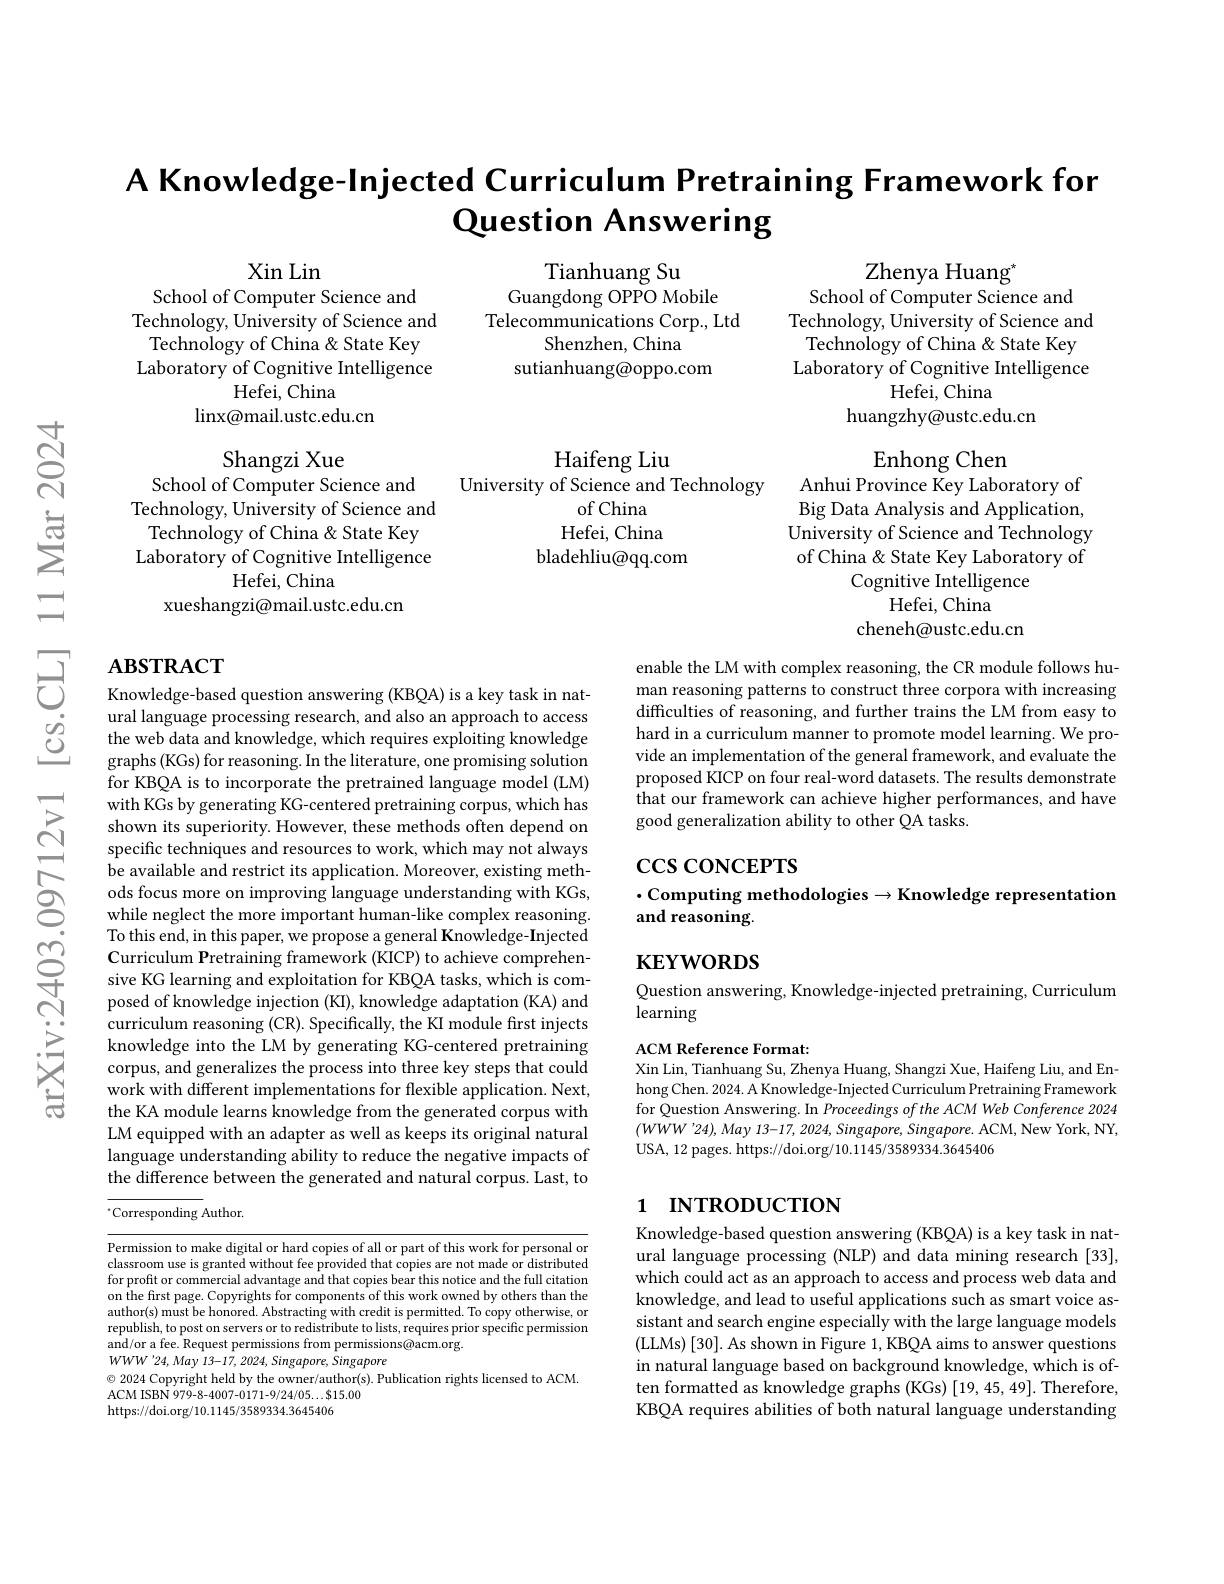
## A Knowledge-Injected Curriculum Pretraining Framework for Question Answering

Xin Lin

Tianhuang Su
Guangdong OPPO Mobile
Telecommunications Corp., Ltd
Shenzhen, China
sutianhuang@oppo.com

Zhenya Huang$^{*}$
School of Computer Science and
Technology, University of Science and Technology of China & State Key Laboratory of Cognitive Intelligence
Hefei, China
huangzhy@ustc.edu.cn

School of Computer Science and
Technology, University of Science and
Technology of China & State Key Laboratory of Cognitive Intelligence
Hefei, China
$\operatorname*{linx@mail.ustc.edu.cn}$

Haifeng Liu
University of Science and Technology
of China Hefei, China
bladehliu@qq.com

Shangzi Xue
School of Computer Science and
Technology, University of Science and Technology of China & State Key Laboratory of Cognitive Intelligence
Hefei, China
xueshangzi@mail.ustc.edu.cn

Enhong Chen
Anhui Province Key Laboratory of Big Data Analysis and Application, University of Science and Technology of China & State Key Laboratory of
Cognitive Intelligence
Hefei, China
cheneh@ustc.edu.cn

# $\Xi$ $\textbf{Aв STRACT}$Knowledge-based question answering (KBQA)is a key task in nat-

enable the LM with complex reasoning, the CR module follows human reasoning patterns to construct three corpora with increasing difficulties of reasoning, and further trains the LM from easy to hard in a curriculum manner to promote model learning. We provide an implementation of the general framework, and evaluate the proposed KICP on four real-word datasets. The results demonstrate that our framework can achieve higher performances, and have good generalization ability to other QA tasks.

## $\csc\cos$coNCEPTS
$\cdot$Computing methodologies$\to$Knowledge representation
## and reasoning.

ural language processing research, and also an approach to access the web data and knowledge, which requires exploiting knowledge graphs (KGs) for reasoning. In the literature, one promising solution for KBQA is to incorporate the pretrained language model (LM) with KGs by generating KG-centered pretraining corpus, which has shown its superiority. However, these methods often depend on specific techniques and resources to work, which may not always be available and restrict its application. Moreover, existing methods focus more on improving language understanding with KGs, while neglect the more important human-like complex reasoning. To this end, in this paper, we propose a general Knowledge- Injected Curriculum Pretraining framework (KICP) to achieve comprehensive KG learning and exploitation for KBQA tasks, which is composed of knowledge injection (KI), knowledge adaptation (KA) and curriculum reasoning (CR). Specifically, the KI module first injects knowledge into the LM by generating KG-centered pretraining corpus, and generalizes the process into three key steps that could work with different implementations for flexible application. Next, the KA module learns knowledge from the generated corpus with LM equipped with an adapter as well as keeps its original natural language understanding ability to reduce the negative impacts of the difference between the generated and natural corpus. Last, to $^{*}$Corresponding Author.

$\mathbf{KEYWORDS}$

Question answering, Knowledge-injected pretraining, Curriculum
learning

ACM Reference Format:
Xin Lin, Tianhuang Su, Zhenya Huang, Shangzi Xue, Haifeng Liu, and Enhong Chen. 2024. A Knowledge- Injected Curriculum Pretraining Framework for Question Answering. In Proceedings of the ACM Web Conference 2024 $( WWW^{\prime }24) , May$ 13-17, 2024, $Singapore$, $Singapore.$ $ACM$, New $York$, $NY$, USA, 12 pages. https://doi.org/10.1145/3589334.3645406

# 1 INTRODUCTION

Knowledge-based question answering (KBQA) is a key task in natural language processing (NLP) and data mining research [33], which could act as an approach to access and process web data and knowledge, and lead to useful applications such as smart voice assistant and search engine especially with the large language models (LLMs)[30]. As shown in Figure 1, KBQA aims to answer questions in natural language based on background knowledge, which is often formatted as knowledge graphs (KGs) [19, 45, 49]. Therefore, KBQA requires abilities of both natural language understanding

Permission to make digital or hard copies of all or part of this work for personal or classroom use is granted without fee provided that copies are not made or distributed for profit or commercial advantage and that copies bear this notice and the full citation on the frst page. Copyrights for components of this work owned by others than the author(s) must be honored. Abstracting with credit is permitted. To copy otherwise, or republish, to post on servers or to redistribute to lists, requires prior specific permission and/or a fee. Request permissions from permissions@acm.org.
$WWW^{\prime }24, May$ 13-17, 2024, $Singapore$, Singapore
$\odot$ 2024 Copyright held by the owner/author(s). Publication rights licensed to ACM.
ACM ISBN 979- 8- 4007- 0171- 9/ 24/ 05$\ldots \$$15. 00
https://doi.org/10.1145/3589334.3645406